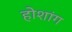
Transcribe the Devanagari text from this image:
होशांग